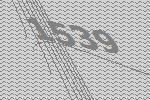
1539